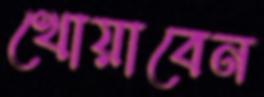
খোয়াবেন